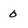
Character: 0